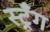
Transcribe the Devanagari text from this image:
स्ट्रँग